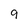
Character: 9